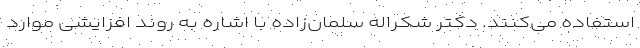
استفاده می‌کنند. دکتر شکراله سلمان‌زاده با اشاره به روند افزایشی موارد